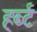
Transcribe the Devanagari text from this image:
हर्ब्ट